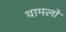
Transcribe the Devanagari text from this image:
थामलों